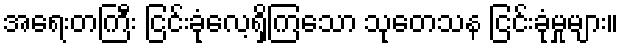
အရေးတကြီး ငြင်းခုံလေ့ရှိကြသော သုတေသန ငြင်းခုံမှုများ။